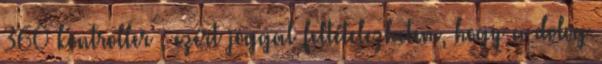
360 kontroller , ezért joggal feltételezhetem, hogy a dolog